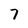
Character: 7